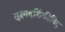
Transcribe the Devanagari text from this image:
सूक्ष्मदर्शिकीविद्